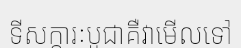
ទីសក្ការៈបូជាគឺវាមើលទៅ